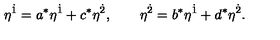
\eta ^ { \dot { 1 } } = a ^ { \ast } \eta ^ { \dot { 1 } } + c ^ { \ast } \eta ^ { \dot { 2 } } , \qquad \eta ^ { \dot { 2 } } = b ^ { \ast } \eta ^ { \dot { 1 } } + d ^ { \ast } \eta ^ { \dot { 2 } } .